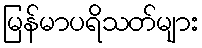
မြန်မာပရိသတ်များ